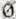
0